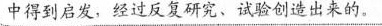
中得到启发，经过反复研究、试验创造出来的。